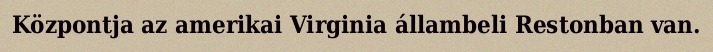
Központja az amerikai Virginia állambeli Restonban van.